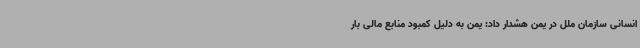
انسانی سازمان ملل در یمن هشدار داد: یمن به دلیل کمبود منابع مالی بار